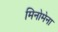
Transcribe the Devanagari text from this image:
मिनोमेना